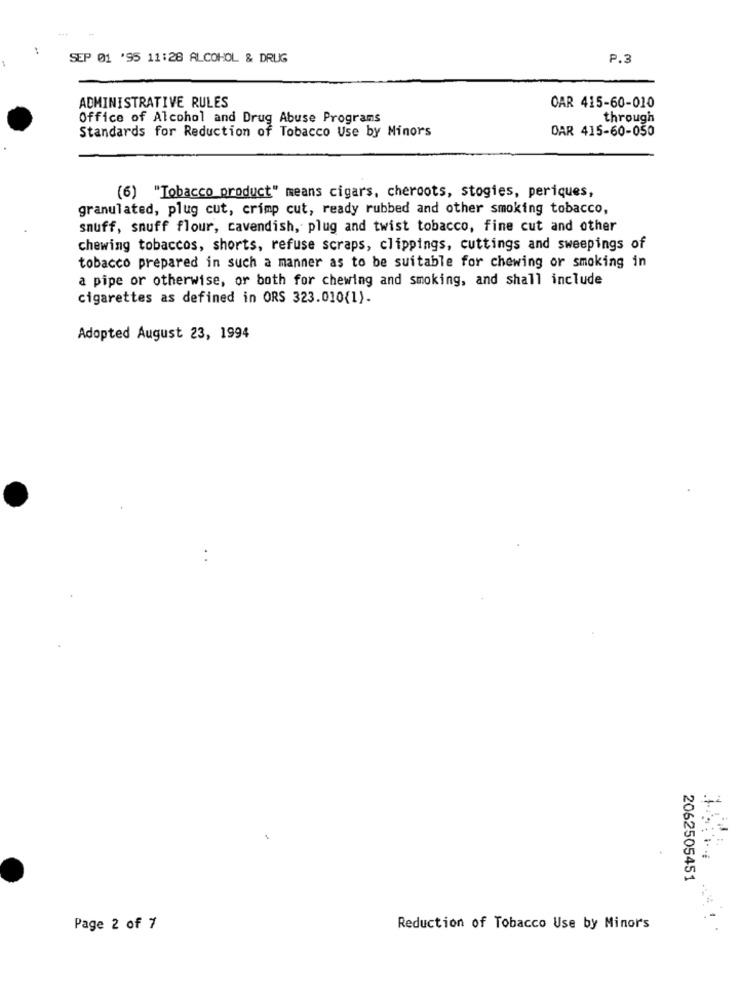
SEP 01 '95 11:28 ALCOHOL & DRUG
P.3
ADMINISTRATIVE RULES
OAR 415-60-010
Office of Alcohol and Drug Abuse Programs
through
Standards for Reduction of Tobacco Use by Minors
DAR 415-60-050
(6) "Tobacco product" means cigars, cheroots, stogies, periques,
granulated, plug cut, crimp cut, ready rubbed and other smoking tobacco,
snuff, snuff flour, cavendish, plug and twist tobacco, fine cut and other
chewing tobaccos, shorts, refuse scraps, clippings, cuttings and sweepings of
tobacco prepared in such a manner as to be suitable for chewing or smoking in
a pipe or otherwise, or both for chewing and smoking, and shall include
cigarettes as defined in ORS 323.010(1).
Adopted August 23, 1994
2062505451
Page 2 of 7
Reduction of Tobacco Use by Minor's